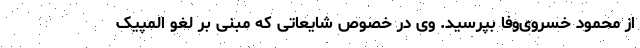
از محمود خسروی‌وفا بپرسید. وی در خصوص شایعاتی که مبنی بر لغو المپیک